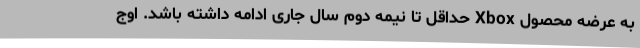
به عرضه محصول Xbox حداقل تا نیمه دوم سال جاری ادامه داشته باشد. اوج